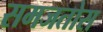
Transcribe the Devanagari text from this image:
समजतोस